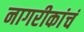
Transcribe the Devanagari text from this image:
नागरीकांचं